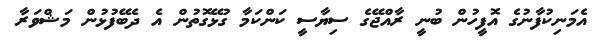
އެމަނިކުފާނުގެ އޮފީހުން ބުނީ ރާއްޖޭގެ ސިޔާސީ ކަންކަމާ ގުޅޭގޮތުން އެ ދެބޭފުޅުން މަޝްވަރާ